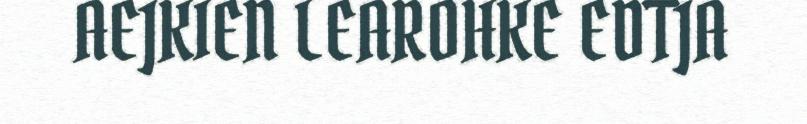
AEJKIEN LEAROHKE EDTJA